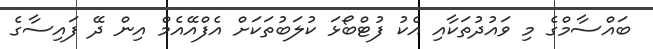
ބައްސާމްގެ މި ވައުދުތަކާއި އެކު ފުޓްބޯޅަ ކުލަބުތަކަށް އެފްއޭއެމް އިން ދޭ ފައިސާގެ